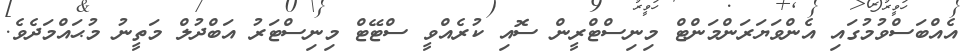
އެއްބަސްވުމުގައި އެންވަޔަރަންމަންޓް މިނިސްޓްރީން ސޮއި ކުރެއްވީ ސްޓޭޓް މިނިސްޓަރު އަބްދުލް މަތީނު މުޙައްމަދެވެ.